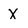
Character: X